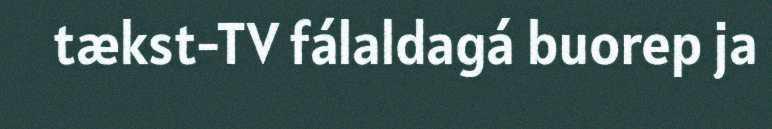
tækst-TV fálaldagá buorep ja